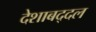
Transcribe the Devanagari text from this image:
देशाबद्दल